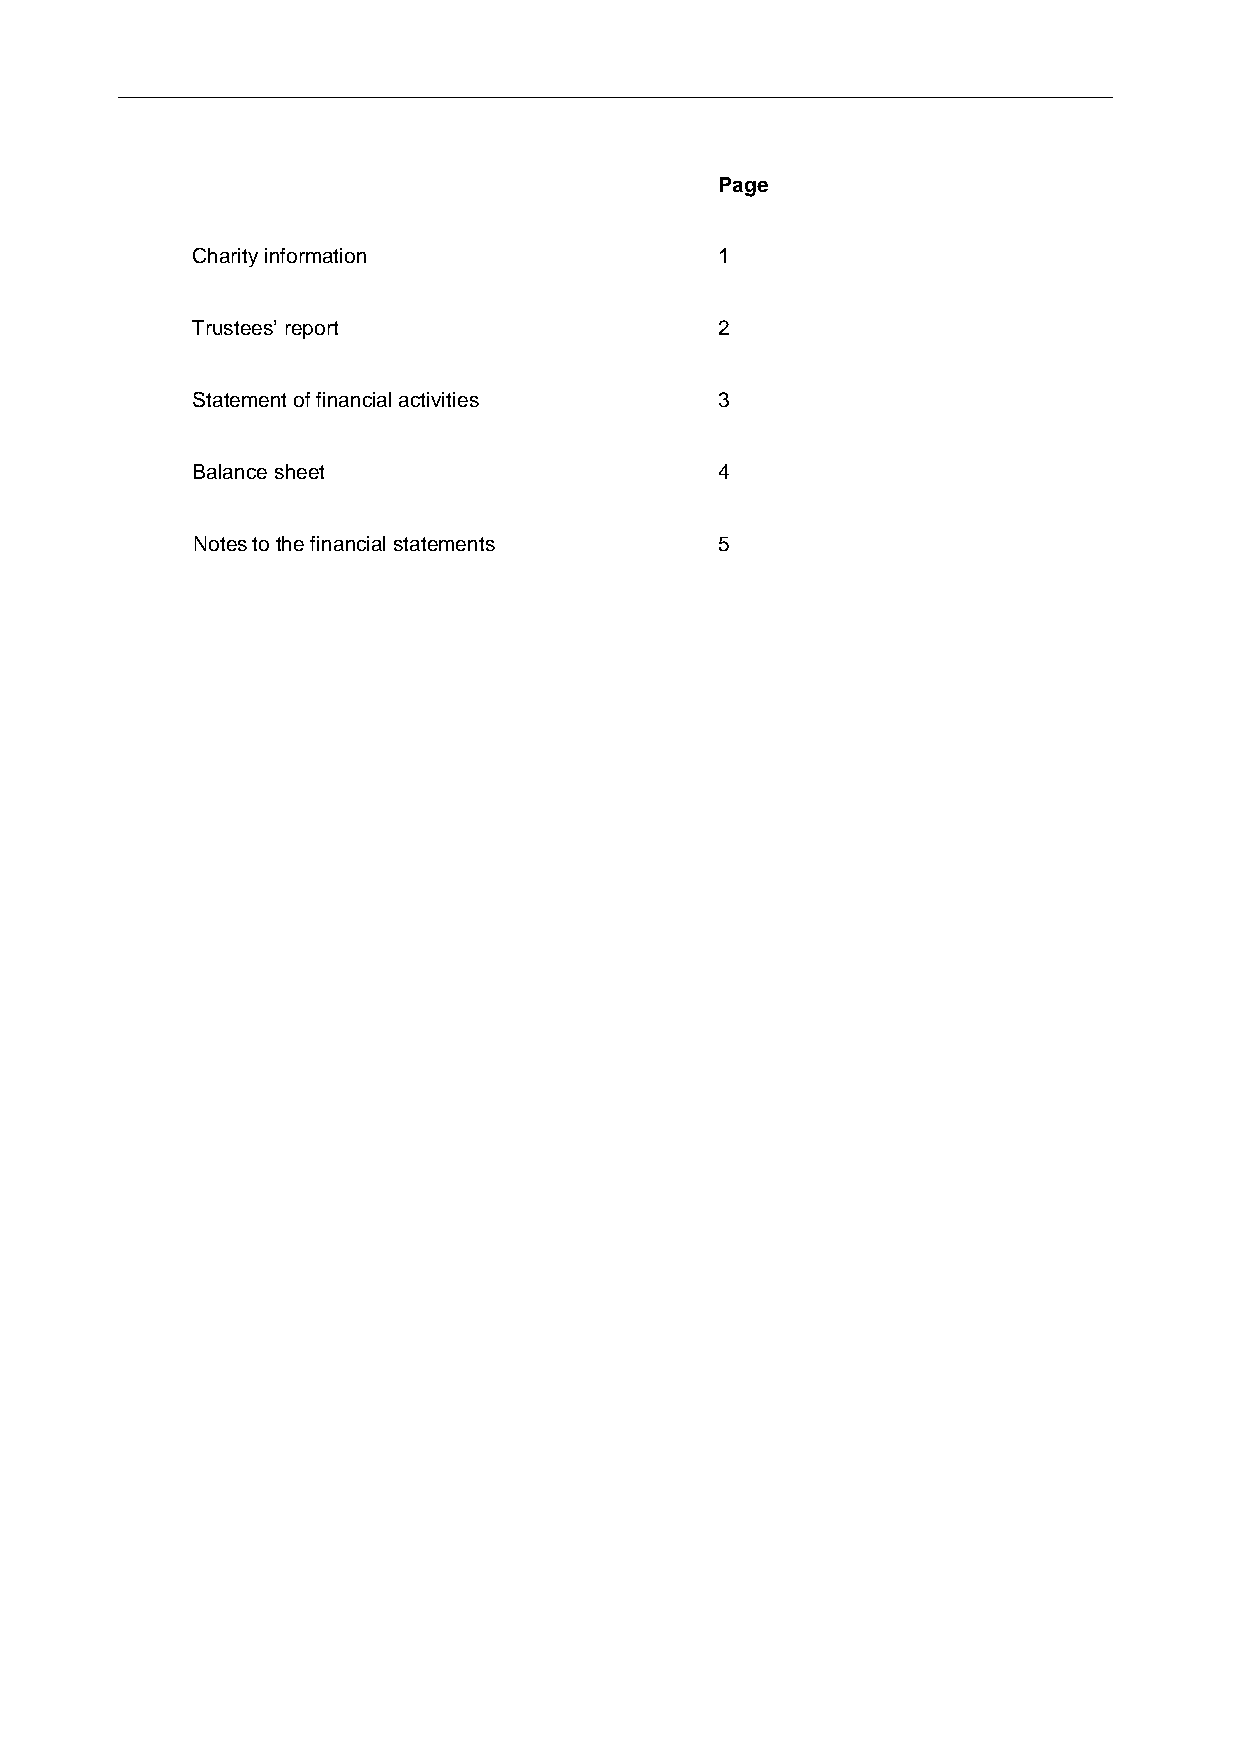
______________________________________________________________________________
 Page
 Charity information                1
 Trustees’ report                   2
 Statement of financial activities  3
 Balance sheet                      4
 Notes to the financial statements  5